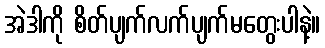
အဲဒါကို စိတ်ပျက်လက်ပျက်မတွေးပါနဲ့။